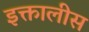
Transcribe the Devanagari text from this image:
इक्तालीस